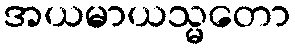
အယမာယသ္မတော